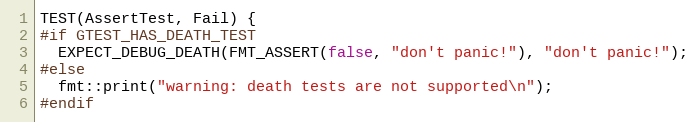
Language: C++
TEST(AssertTest, Fail) {
#if GTEST_HAS_DEATH_TEST
  EXPECT_DEBUG_DEATH(FMT_ASSERT(false, "don't panic!"), "don't panic!");
#else
  fmt::print("warning: death tests are not supported\n");
#endif